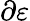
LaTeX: \partial\varepsilon